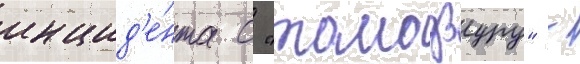
инцид'е́нта с "томодзуру" -